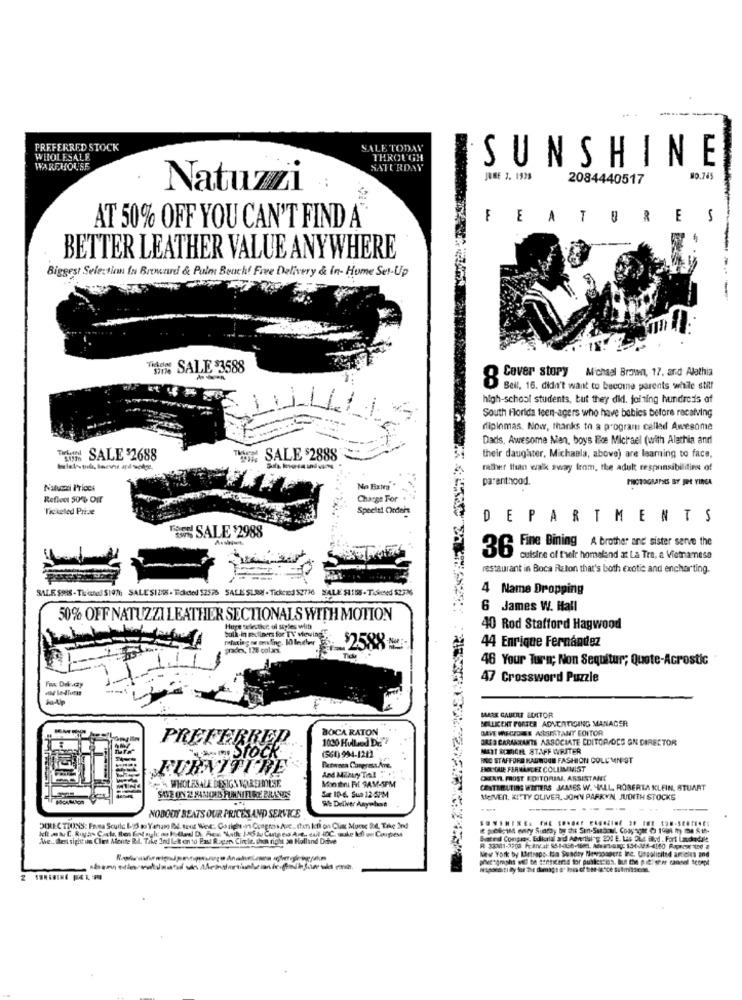
PREFERRED STOCK
ALE TODAY
WHOLESALE
THROUGH
SUNSHINE
WAREHOUSE
SATURDAY
JUNE 7. 1938
2084440517
Natuzzi
FEATURES
AT 50% OFF YOU CAN'T FIND A
BETTER LEATHER VALUE ANYWHERE
Biggest Selection In Broward & Pulm Bouch! Free Delivery & In- Home Set-Up
---
HI% SALE 3588
Michael Brown, 17. and Alathia
Cover story
Bell, 16. didn't want to become parents while still
high-school students, but they did. joining hundreds of
South Florida teen-agers who have babies before receiving
diplomas. Now, thanks to a program called Awesome
Dads. Awesome Man, boys Fce Michael (with Alethia and
Tun SALE $2688
SALE $2888
their daughter, Michaela, above) are leaming to face,
rather than walk away from, the adult responsibilities of
parenthood.
PHOTOGRAPHES BY JOE YIRGA
Natuzzi Prices
No FixNa
Reflect 50% Off
Charge For
Tickeled Prise
Speelti Ordein
DEPARTMENTS
SALE $2988
36 Fine Dining A brother and sister serve the
cuisine of their homeland at La Tre, a Vietnamese
restaurant in Boca Raton that's both exotic and encharting.
SALE SMS - Ticatal $107h SALL'SIZE . Tokdel 52576 SALE SLAM - Tickced 52776 SALE SITES . TiSeeed 52336
4 Name Dropping
6 James W. Hall
50% OFF NATUZZI LEATHER SECTIONALS WITH MOTION
Huge selester. of styles wiib
bulk-in secliners for TV viewing!
40 Rod Stafford Hagwood
44 Enrique Fernández
prado, I28 colas.
46 Your Turn; Non Sequitur; Quote-Acrostic
47 Crossword Puzzle
MARE GABUILT FORTOR
BELLICENT PORSER ADVERTISING MANAGER
BOCA RATON
MEYE WIECIDEE ASSISTANT EDITOR
PREFERRED
1030 Hulled DE
DATO CARANRANTS ASSOCIATE EDITOR/OCG GN DIRECTOR
MOT SIMICH STAFF WRITER
STOCK
(561) 994-1212
RINC STAFFORD MAUMOON FASHION COLUMN ST
FURNITURE
Petwee Congress Ave.
ERTALE FERMANGER COLUMNIST
Mon Ihus Fif SAM-5PM
CHEATL FROST EDITORIAL, ASSISTANT
WHOLESALE DESIGN WAREHOUSE
CONTENUTINS WRITERS JAMES W. ALL ROBERTA KLEIN, STUART
SAVE ON 2! MAMOUS FUNNITIRE BRANDS
Se ID-6. Sua 12 5PM
MOIVER, KITTY OLIVER. JOHN PARKYN, JUDITH STOCKS
99 Deliver Anywhere
NOBODY BEATS OUR PRICES AND SERVICE
DUREC TIOINS: Fauna Scuilc 1-ES so Yamaso Bd. tout West: Go rightin Congress Je.Itan kotl on Clic Muove 24. Take 2nd
The .. test sipt inn Clet Monte R.l. Tike Ind lek on so Fast Rager Circle. in right ze Holland Drive
Bated Congres, Editorial and Advertising 200 E. Las OL4 Blod . Fort Lachodil !.
New York by Lirtrads tsa Suadry Mesmosgers tre. Utsolicited articles and
2